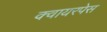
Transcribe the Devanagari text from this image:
क्वायरपेस